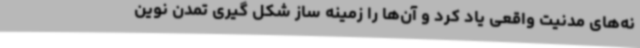
نه‌های مدنیت واقعی یاد کرد و آن‌ها را زمینه ساز شکل گیری تمدن نوین